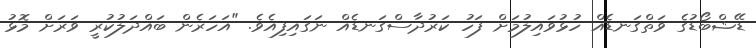
ޑޭޝްބޯޑުގެ ވަތްގަނޑެއް ހުޅުވައިލުމަށް ފަހު ކަރުދާސްގަނޑެއް ނަގައިފިއެވެ. "އަހަރެން ބައްދަލުކުރީ ވަރަށް މޮޅު